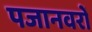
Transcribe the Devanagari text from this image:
पजानवरों